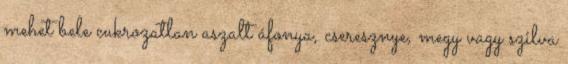
mehet bele cukrozatlan aszalt áfonya, cseresznye, megy vagy szilva